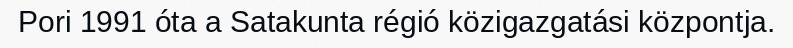
Pori 1991 óta a Satakunta régió közigazgatási központja.